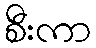
စီးကာ